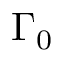
\Gamma _ { 0 }